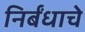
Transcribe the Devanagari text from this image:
निर्बंधाचे